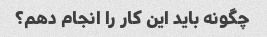
چگونه باید این کار را انجام دهم؟